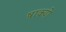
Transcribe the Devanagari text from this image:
षाक्यो